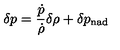
\delta p = \frac { \dot { p } } { \dot { \rho } } \delta \rho + \delta p _ { \mathrm { n a d } }